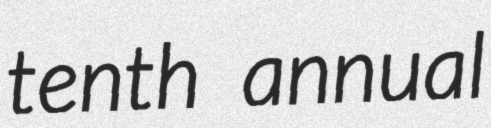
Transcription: tenth annual